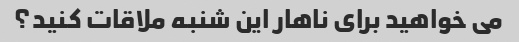
می خواهید برای ناهار این شنبه ملاقات کنید؟